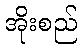
အိုးစည်